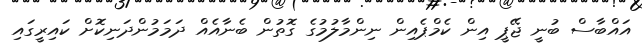
އައްބާސް ބުނީ ޖޭޕީ އިން ކެމްޕެއިން ނިންމާލުމުގެ ގޮތުން ބެނާއެއް ދަމަމުންދަނިކޮށް ކައިރީގައި